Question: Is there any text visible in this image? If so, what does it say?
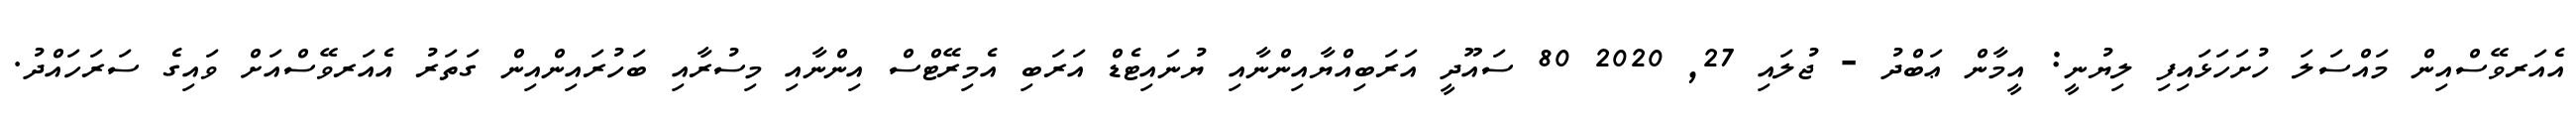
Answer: އެއަރވޭސްއިން މައްސަލަ ހުށަހަޅައިފި ލިޔުނީ: އީމާން ޢަބްދު - ޖުލައި 27, 2020 80 ސައޫދީ އަރަބިއްޔާއިންނާއި ޔުނައިޓެޑް އަރަބި އެމިރޭޓްސް އިންނާއި މިސުރާއި ބަހުރައިންއިން ގަތަރު އެއަރވޭސްއަށް ވައިގެ ސަރަހައްދު.